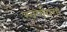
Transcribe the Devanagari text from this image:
स्वर्णगंगा